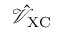
\hat { \mathcal { V } } _ { \mathrm { X C } }